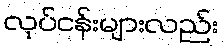
လုပ်ငန်းများလည်း